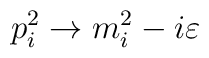
p^{2}_{i}\rightarrow m^{2}_{i}-i\varepsilon